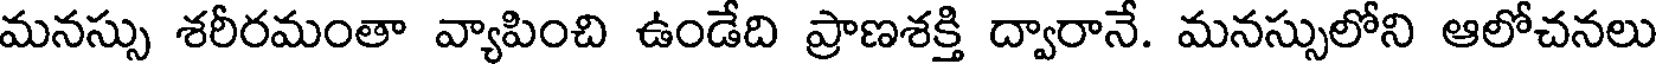
మనస్సు శరీరమంతా వ్యాపించి ఉండేది ప్రాణశక్తి ద్వారానే. మనస్సులోని ఆలోచనలు